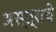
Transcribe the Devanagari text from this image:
अस्त्राचे